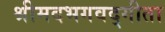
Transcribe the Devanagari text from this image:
श्रीमदभगवद्गीता